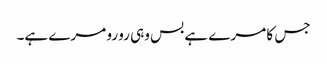
جس کا مرے ہے بس وہی رو رو مرے ہے۔